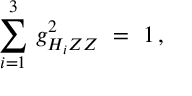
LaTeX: \sum _ { i = 1 } ^ { 3 } \, g _ { H _ { i } Z Z } ^ { 2 } \ = \ 1 \, ,